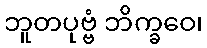
ဘူတပုဗ္ဗံ ဘိက္ခဝေ၊